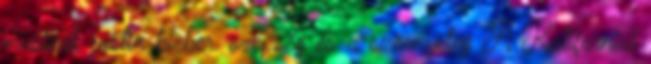
musical, justin bieber, szépség és a szörnyeteg A Kaliforniai